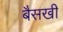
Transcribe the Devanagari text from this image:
बैसखी